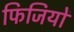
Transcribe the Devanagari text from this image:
फिजियों